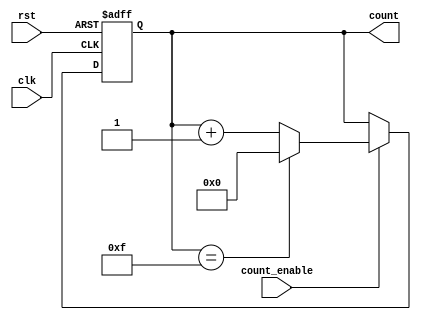
module async_counter #(
    parameter N = 4 // Number of bits for the counter
)(
    input wire clk,             // Clock input
    input wire rst,             // Asynchronous reset input
    input wire count_enable,     // Count enable input
    output reg [N-1:0] count    // Counter output
);

    // Asynchronous reset and counting operation
    always @(posedge clk or posedge rst) begin
        if (rst) begin
            count <= 0; // Reset the counter to zero
        end else if (count_enable) begin
            if (count == (1 << N) - 1) // Check if count has reached max value
                count <= 0; // Wrap around to 0
            else
                count <= count + 1; // Increment counter
        end
    end
    
endmodule